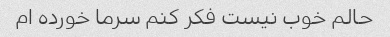
حالم خوب نیست فکر کنم سرما خورده ام